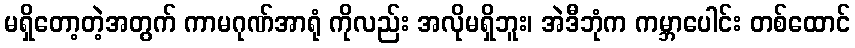
မရှိတော့တဲ့အတွက် ကာမဂုဏ်အာရုံ ကိုလည်း အလိုမရှိဘူး၊ အဲဒီဘုံက ကမ္ဘာပေါင်း တစ်ထောင်